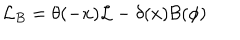
{ \cal L } _ { B } = \theta ( - x ) { \cal L } - \delta ( x ) { \cal B } ( \phi )